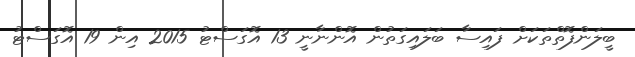
ބީލަންފޮތްތަކަށް ފައިސާ ބަލައިގަތުން އޮންނާނީ 13 އޮގަސްޓު 2015 އިން 19 އޮގަސްޓު